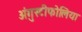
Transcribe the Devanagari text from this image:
अंगुस्टीफोलिया